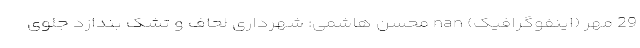
29 مهر (اینفوگرافیک) nan محسن هاشمی: شهرداری لحاف و تشک بندازد جلوی